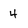
Character: 4